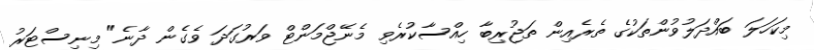
މިކަހަލަ ބައްދަލުވުންތަކުގެ ތެރެއިން ތަޖުރިބާ ހިއްސާކުރެވި މެނޭޖްމަންޓް ވަރުގަދަ ވެގެން ދާނެ" މިނިސްޓަރު